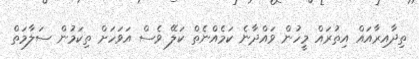
ތިދާއިރާއައް އިތުރައް މީހުން ވައްދާނެ ކަމެއްނެތް ކަލޭ ވެސް އަވަހަަށް ތިކަމުން ސަލާމަތް